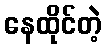
နေထိုင်တဲ့